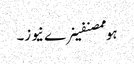
ہوممصنفینرے نیوز۔